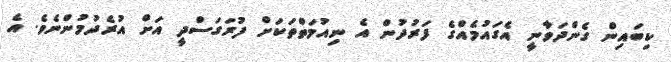
ކިބައިން ގެންދަވާނީ އެގައުމެއްގެ ފަރުދުން އެ ނިއުމަތްތަކަށް ފުރަގަސްދީ އަށް އުރެދުމުންނެވެ. އެ